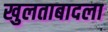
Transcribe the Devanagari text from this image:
खुलताबादला